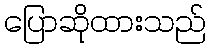
ပြောဆိုထားသည်